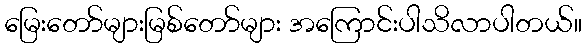
မြေးတော်များမြစ်တော်များ အကြောင်းပါသိလာပါတယ်။